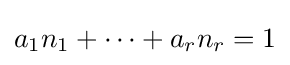
a_{1}n_{1}+\cdots +a_{r}n_{r}=1